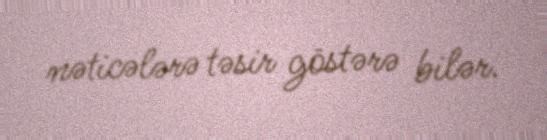
nəticələrə təsir göstərə bilər.